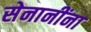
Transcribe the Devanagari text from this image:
सेनानींना